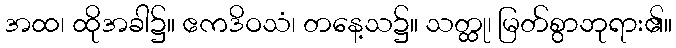
အထ၊ ထိုအခါ၌။ ဧကဒိဝသံ၊ တနေ့သ၌။ သတ္ထု၊ မြတ်စွာဘုရား၏။